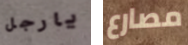
يارجل مصارع